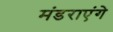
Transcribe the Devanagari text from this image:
मंडराएंगे